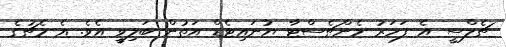
ޗެލްސީ އެ ފަހަރު މެންޗެސްޓާ ޔުނައިޓެޑް އަތުން ބަލިވީ އެވެ. އެ މެޗުގެ